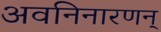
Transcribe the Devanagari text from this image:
अवनिनारणन्